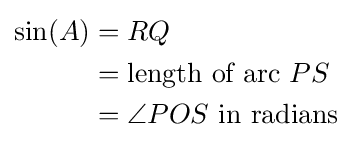
{\begin{aligned}\sin(A)&=RQ\\&={\text{length of arc }}PS\\&=\angle POS{\text{ in radians}}\\\end{aligned}}